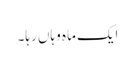
ایک ماہ وہاں رہا۔